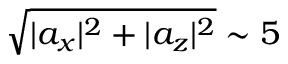
\sqrt { | a _ { x } | ^ { 2 } + | a _ { z } | ^ { 2 } } \sim 5